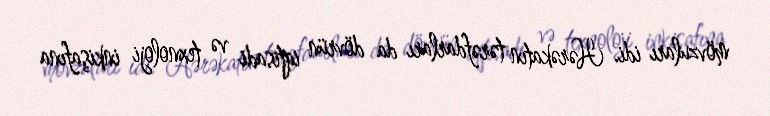
mövzuları idi. Hərəkatın tərəfdarları da dövrün iqtisadi və texnoloji inkişafına